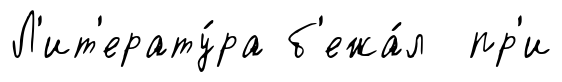
Л'ит'ерату́ра б'ежа́л пр'и